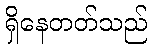
ရှိနေတတ်သည်